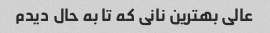
عالی بهترین نانی که تا به حال دیدم